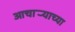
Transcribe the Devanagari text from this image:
आचार्‍याच्या